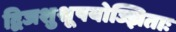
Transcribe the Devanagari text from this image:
द्विजशुश्रूषयोज्झिताः